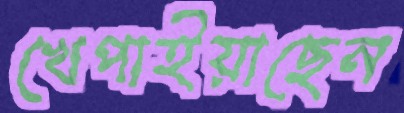
খেপাইয়াছেন